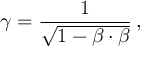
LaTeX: \gamma = { \frac { 1 } { \sqrt { 1 - { \boldsymbol { \beta } } \cdot { \boldsymbol { \beta } } } } } \, ,